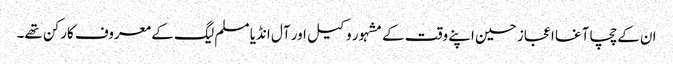
ان کے چچا آغا اعجاز حسین اپنے وقت کے مشہور وکیل اور آل انڈیا مسلم لیگ کے معروف کارکن تھے۔